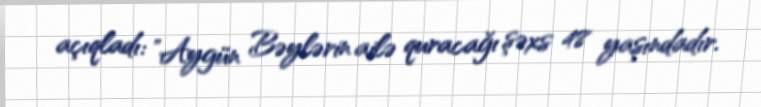
açıqladı: ”Aygün Bəylərin ailə quracağı şəxs 48 yaşındadır.